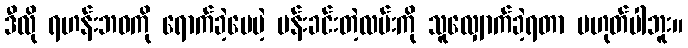
ဒီလို ရဟန်းဘဝကို ရောက်ခဲ့ပေမဲ့ ပန်းခင်းတဲ့လမ်းကို သူလျှောက်ခဲ့ရတာ မဟုတ်ပါဘူး။